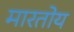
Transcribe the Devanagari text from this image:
मारतोय